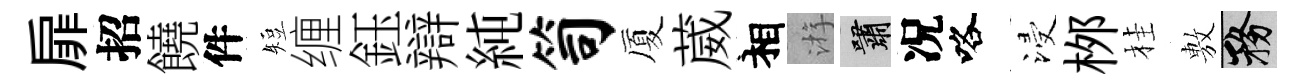
扉招饒件短缠鈺辯純笥厦葳相㳺嘯况咯浸桞桂𢾾務